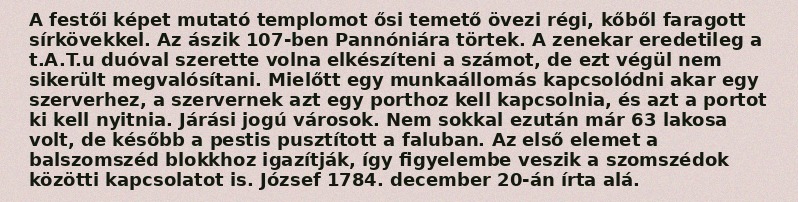
A festői képet mutató templomot ősi temető övezi régi, kőből faragott sírkövekkel. Az ászik 107-ben Pannóniára törtek. A zenekar eredetileg a t.A.T.u duóval szerette volna elkészíteni a számot, de ezt végül nem sikerült megvalósítani. Mielőtt egy munkaállomás kapcsolódni akar egy szerverhez, a szervernek azt egy porthoz kell kapcsolnia, és azt a portot ki kell nyitnia. Járási jogú városok. Nem sokkal ezután már 63 lakosa volt, de később a pestis pusztított a faluban. Az első elemet a balszomszéd blokkhoz igazítják, így figyelembe veszik a szomszédok közötti kapcsolatot is. József 1784. december 20-án írta alá.